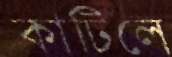
কাটিলে